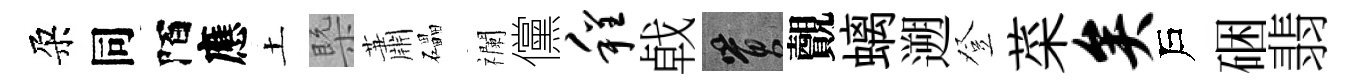
朶同陌應土槩蕭礧襴儻程㦸篔覿螭遡登菜矣戶硱翡